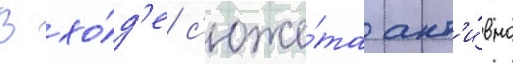
В хо́д'е с'юже́та акт'и́вно